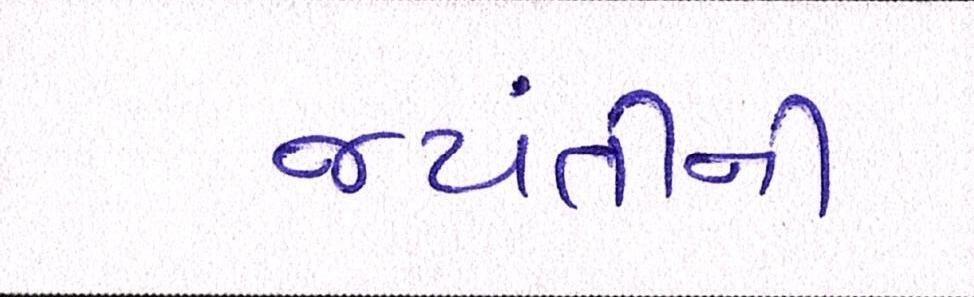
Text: જયંતીની